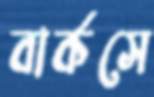
বার্কসে